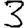
Digit: 3